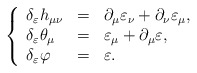
\begin{align*}\left\{\begin{array}{lll}\delta_{\varepsilon}h_{\mu\nu} & = & \partial_{\mu}\varepsilon_{\nu} + \partial_{\nu}\varepsilon_{\mu} ,\\\delta_{\varepsilon}\theta_{\mu} & = & \varepsilon_{\mu} + \partial_{\mu}\varepsilon ,\\\delta_{\varepsilon}\varphi & = & \varepsilon .\end{array}\right.\end{align*}